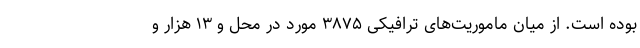
بوده است. از میان ماموریت‌های ترافیکی ۳۸۷۵ مورد در محل و ۱۳ هزار و